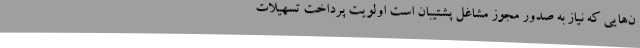
ن‌هایی که نیاز به صدور مجوز مشاغل پشتیبان است اولویت پرداخت تسهیلات